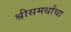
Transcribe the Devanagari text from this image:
श्रीसमर्थांचा